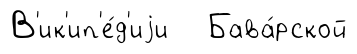
В'ик'ип'е́д'иjи Бава́рской